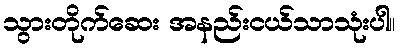
သွားတိုက်ဆေး အနည်းငယ်သာသုံးပါ။